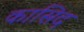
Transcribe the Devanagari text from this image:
कासिद